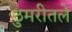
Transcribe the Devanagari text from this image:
ठुमरीतले